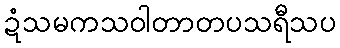
ဍံသမကသဝါတာတပသရီသပ